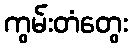
ကွမ်းတံတွေး